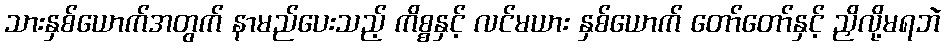
သားနှစ်ယောက်အတွက် နာမည်ပေးသည့် ကိစ္စနှင့် လင်မယား နှစ်ယောက် တော်တော်နှင့် ညှိလို့မရဘဲ